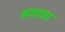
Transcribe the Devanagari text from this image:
सघाचा